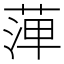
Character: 𦴝